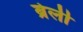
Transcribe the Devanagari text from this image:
ब्रेर्ली